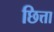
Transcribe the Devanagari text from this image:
छित्ता